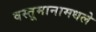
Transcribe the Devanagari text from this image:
वस्तूमानामधले